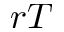
r T